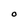
Character: O